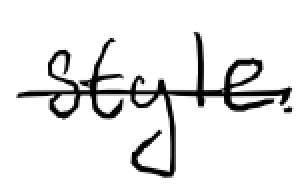
Text: style.
Cross-out: single-line
Writing tool: digital_black